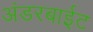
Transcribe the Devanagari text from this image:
अंडरबाईट